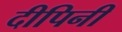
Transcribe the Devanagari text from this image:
दीपिनी